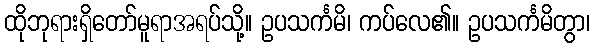
ထိုဘုရားရှိတော်မူရာအရပ်သို့။ ဥပသင်္ကမိ၊ ကပ်လေ၏။ ဥပသင်္ကမိတွာ၊